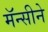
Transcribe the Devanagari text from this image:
मॅन्सीने